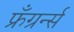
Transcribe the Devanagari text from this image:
फ्रँग्रर्न्स